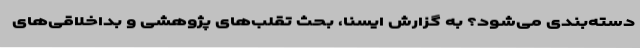
دسته‌بندی می‌شود؟ به گزارش ایسنا، بحث تقلب‌های پژوهشی و بداخلاقی‌های